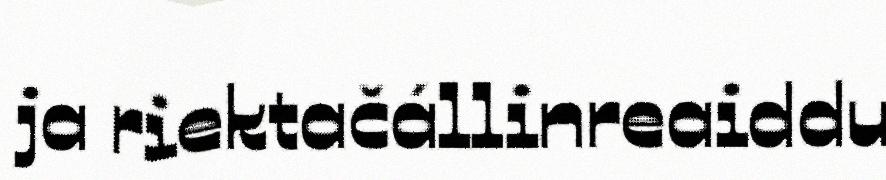
ja riektačállinreaiddu